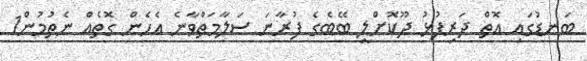
ބަނޑުގައި އޮތް ދަރިފުޅު ދޫކޮށްލީ ބޭބެގެ ފުރާނަ ސަލާމަތްވާނެ އެހެން ގޮތެއް ނެތުމުން1